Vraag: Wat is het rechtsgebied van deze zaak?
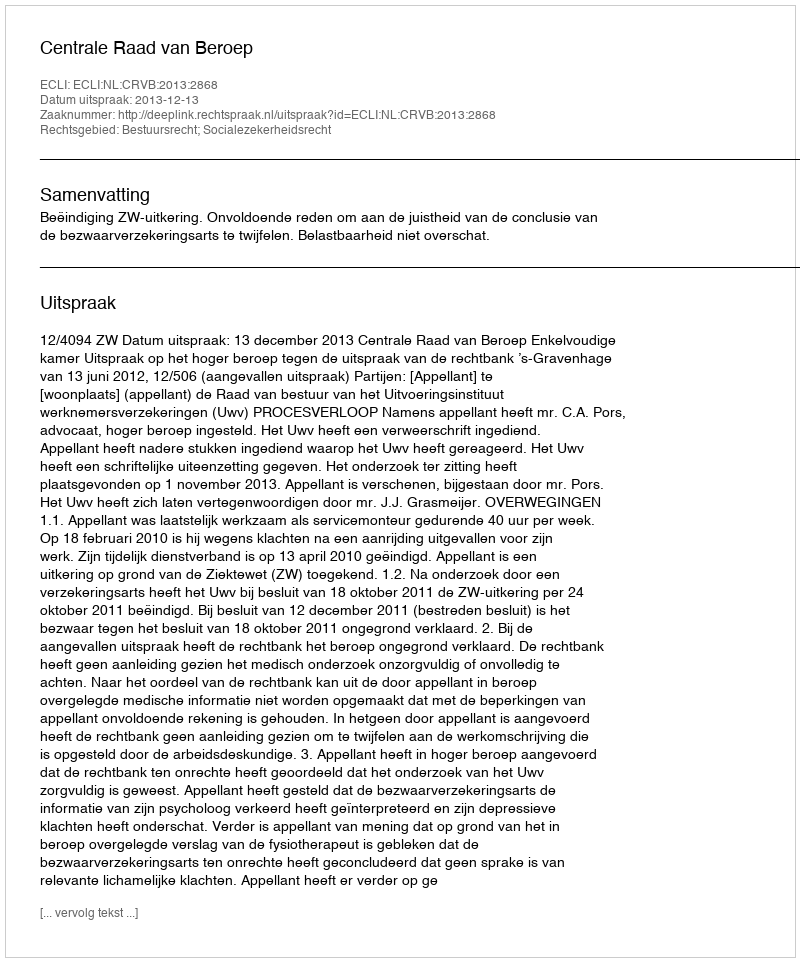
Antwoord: Bestuursrecht; Socialezekerheidsrecht